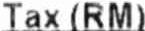
TAX (RM)